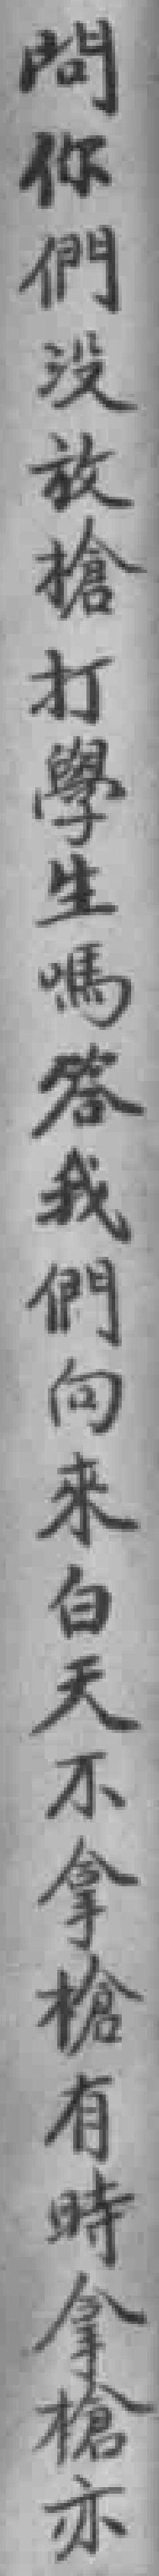
問你們沒放槍打學生嗎答我們向来白天不拿槍有時拿槍亦